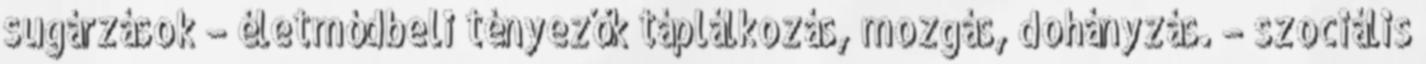
sugárzások – életmódbeli tényezők táplálkozás, mozgás, dohányzás. – szociális